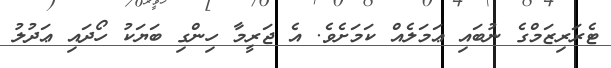
ޓެރަރިޒަމްގެ ނުބައި ޢަމަލެއް ކަމަށެވެ. އެ ޖަރީމާ ހިންގި ބަޔަކު ހޯދައި ޢަދުލު